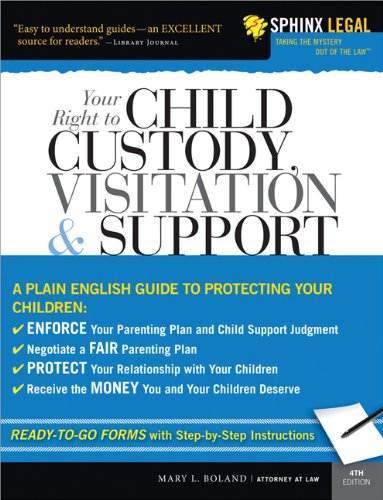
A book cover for Your Right to Child Custody, Visitation and Support, 4E (Legal Survival Guides); Mary Boland; Parenting & Relationships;